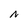
Character: N